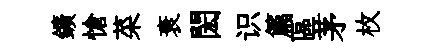
鑛愴菜衰閎识篇區茅枚